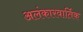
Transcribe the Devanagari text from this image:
अलंकारवार्तिक